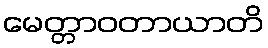
မေတ္တာဝတာယာတိ